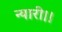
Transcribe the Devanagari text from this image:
न्यारी।।